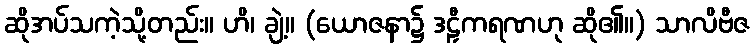
ဆိုအပ်သကဲ့သို့တည်း။ ဟိ၊ ချဲ့။ (ယောဇနာ၌ ဒဠှီကရဏဟု ဆို၏။) သာလိဗီဇ